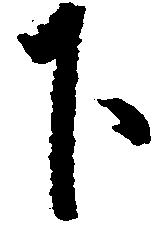
下